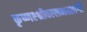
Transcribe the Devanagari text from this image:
कृष्णश्श्रीवल्लभश्शांर्गी